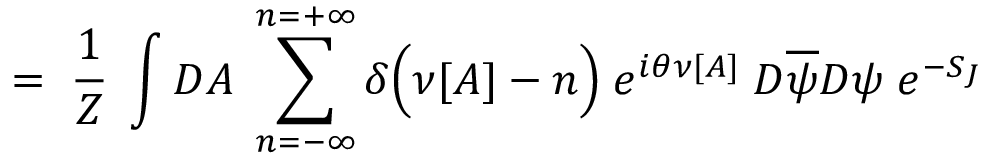
= \; \frac { 1 } { Z } \; \int { \cal D } A \; \sum _ { n = - \infty } ^ { n = + \infty } \delta \Big ( \nu [ A ] - n \Big ) \; e ^ { i \theta \nu [ A ] } \; { \cal D } \overline { { { \psi } } } { \cal D } \psi \; e ^ { - S _ { J } }